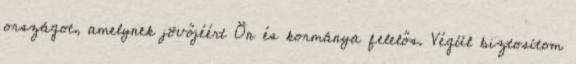
országot, amelynek jövőjéért Ön és kormánya felelős. Végül biztosítom